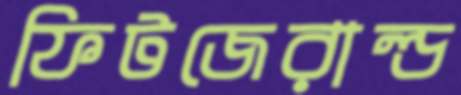
ফিটজেরাল্ড